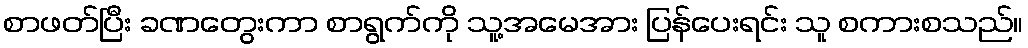
စာဖတ်ပြီး ခဏတွေးကာ စာရွက်ကို သူ့အမေအား ပြန်ပေးရင်း သူ စကားစသည်။